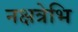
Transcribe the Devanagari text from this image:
नक्षत्रेभि